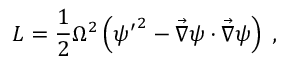
{ \cal L } = \frac 1 2 \Omega ^ { 2 } \left( { \psi ^ { \prime } } ^ { 2 } - { \vec { \nabla } } \psi \cdot { \vec { \nabla } } \psi \right) \; ,